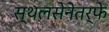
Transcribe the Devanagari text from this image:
स्थलसेनेतर्फे